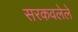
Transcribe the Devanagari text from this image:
सरकवलेले